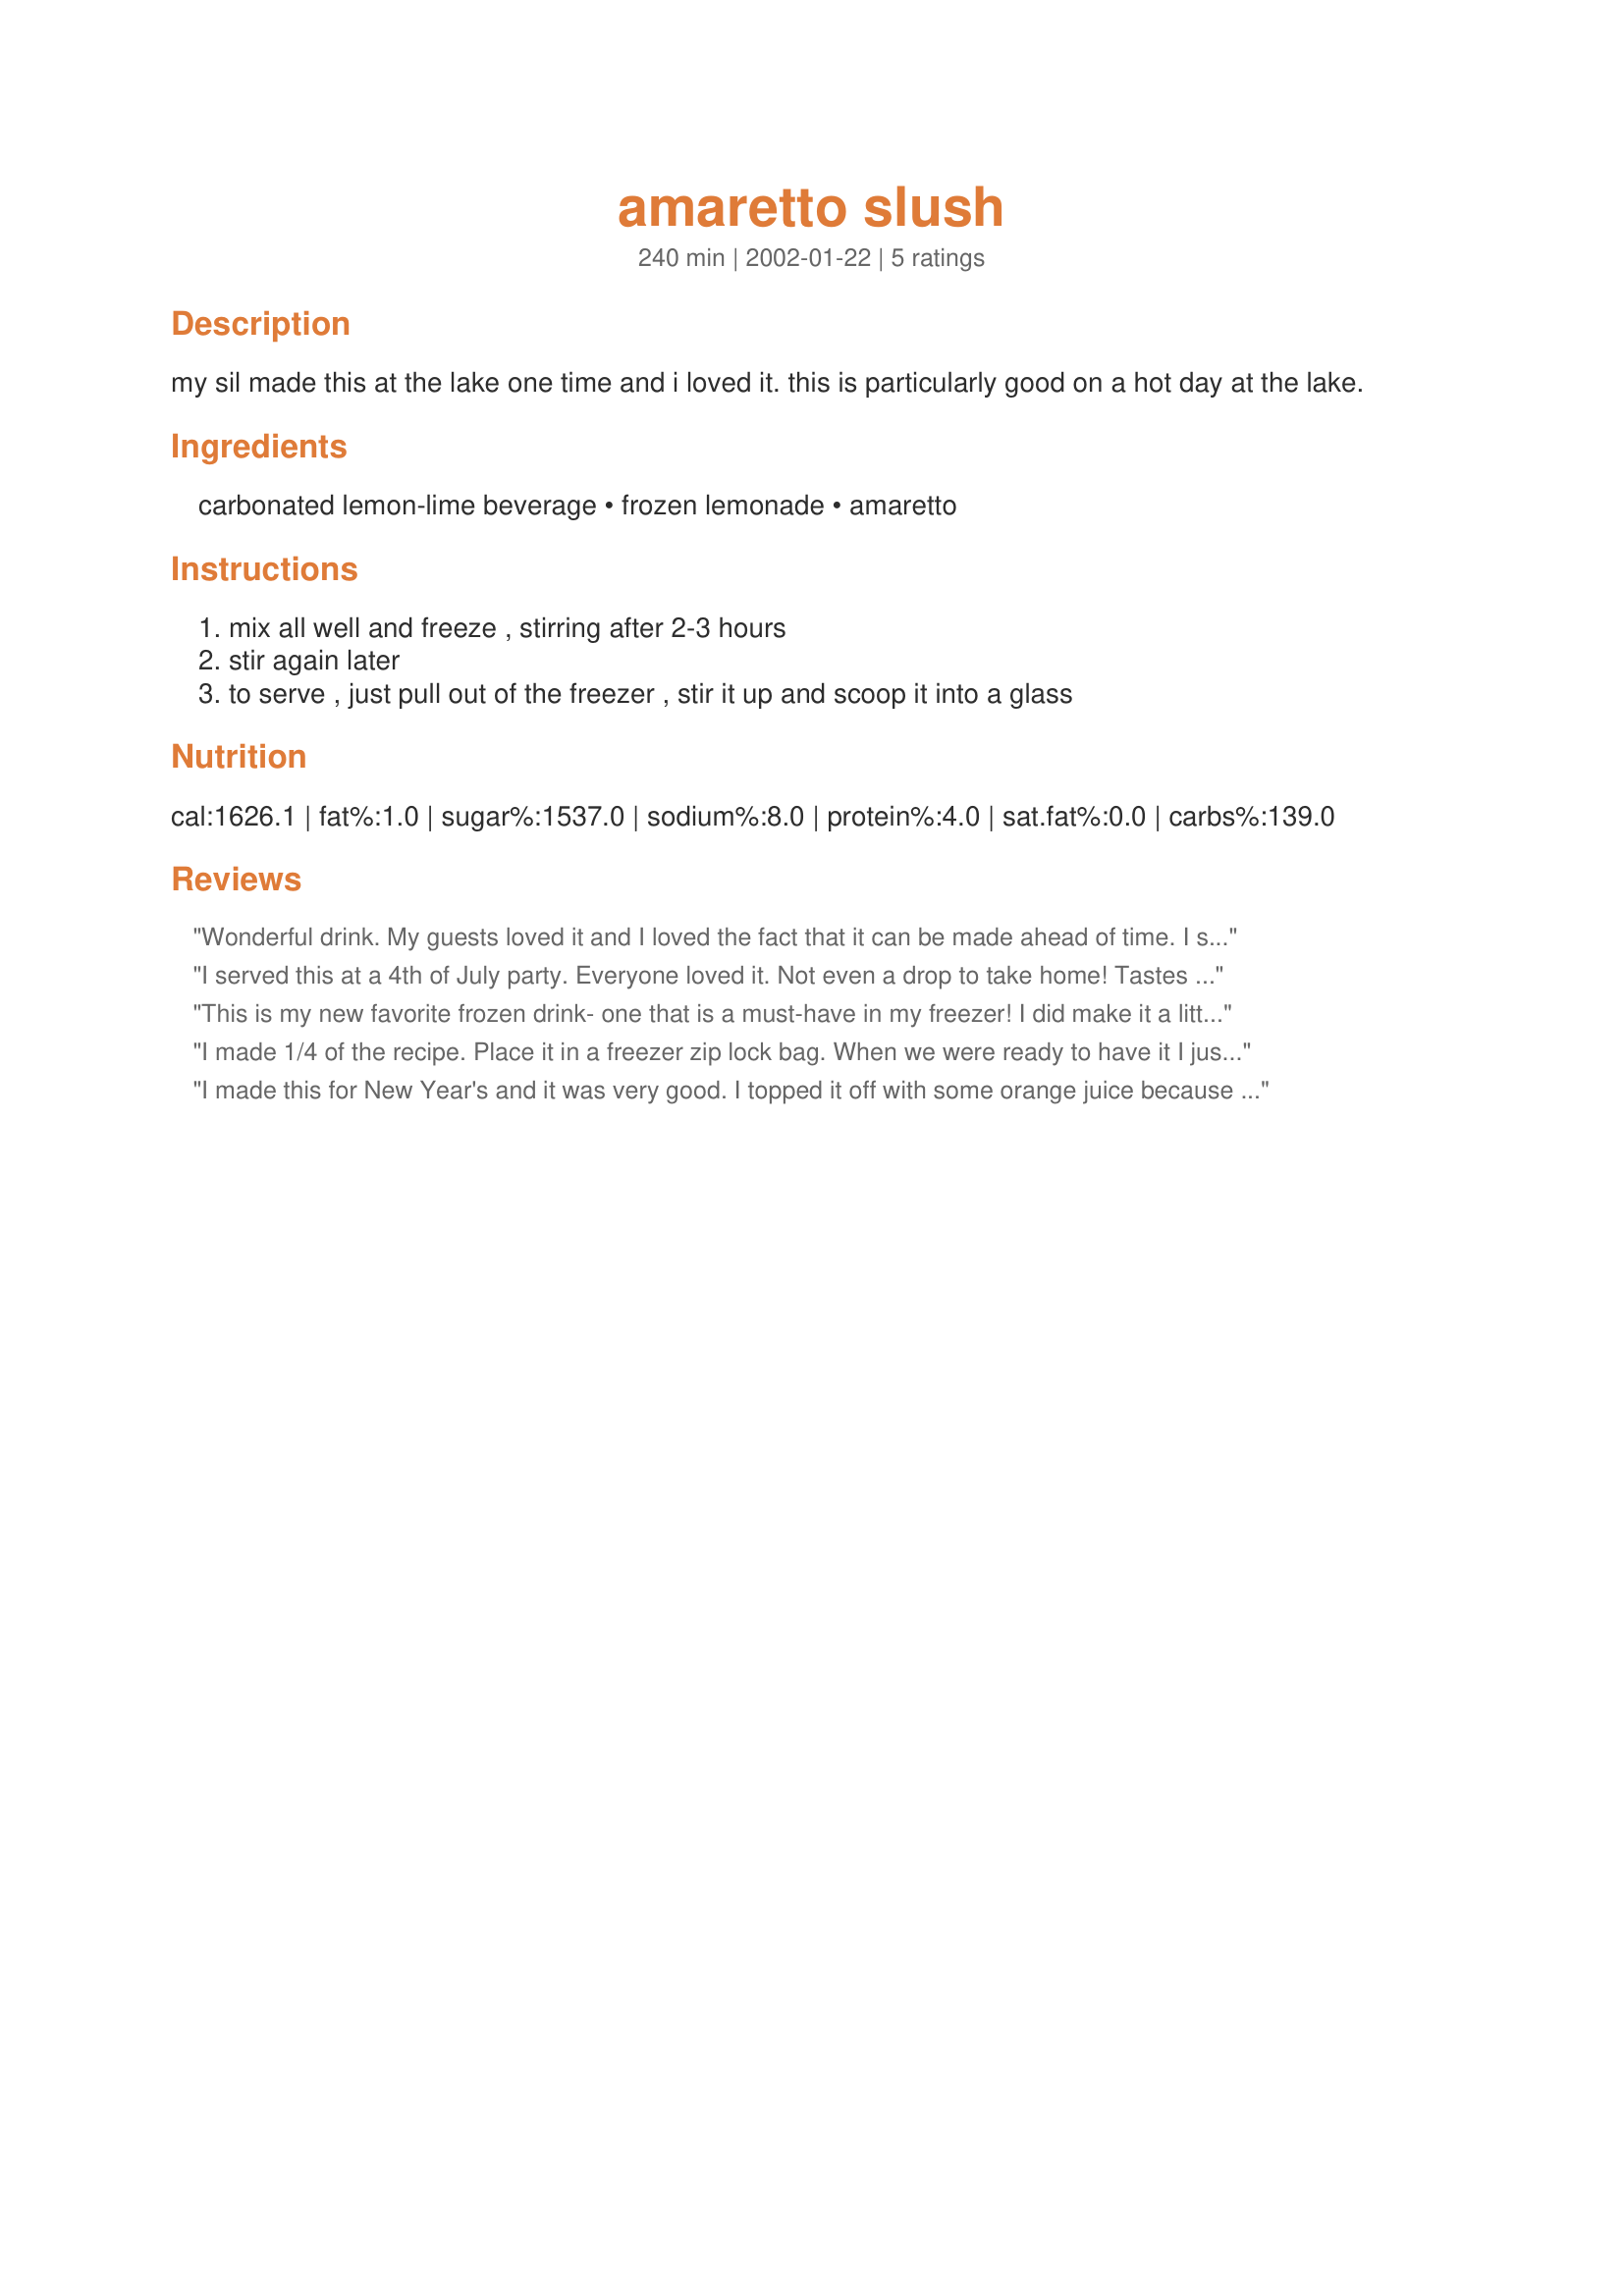
amaretto slush
Preparation time: 240 minutes

my sil made this at the lake one time and i loved it. this is particularly good on a hot day at the lake.

Ingredients:
carbonated lemon-lime beverage, frozen lemonade, amaretto

Steps:
mix all well and freeze , stirring after 2-3 hours, stir again later, to serve , just pull out of the freezer , stir it up and scoop it into a glass

Reviews:
Wonderful drink. My guests loved it and I loved the fact that it can be made ahead of time. I served it in my big manhattan glases and garnished it with a Maraschino Cherries. This drink goes down reallll easy....hic. Thanks for sharing. :-)

I served this at a 4th of July party. Everyone loved it. Not even a drop to take home! Tastes just like a frozen Amaretto Sour.
This is my new favorite frozen drink- one that is a must-have in my freezer! I did make it a little differently, for more of a real Amaretto Sour taste. I used 6 oz lime juice, 6 oz lemon juice, 12 oz of Sprite and 12 oz of Amaretto. Whenever I get some out to drink I just add a little more Sprite to make it more easily drinkable. ( But sometimes I don't- I'll just eat it with a spoon because it's sooo good!)
I made 1/4 of the recipe. Place it in a freezer zip lock bag. When we were ready to have it I just messaged the bag and scooped it into glasses of a great slush.
I made this for New Year's and it was very good. I topped it off with some orange juice because it would have been hard to drink the way it was (a little too frozen). With the OJ added it tasted just like a stone sour. I too, topped it off with some cherries. I will definitely keep this recipe and make it again!
